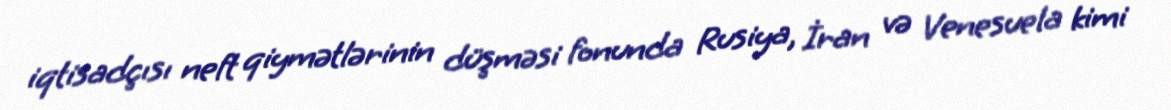
iqtisadçısı neft qiymətlərinin düşməsi fonunda Rusiya, İran və Venesuela kimi